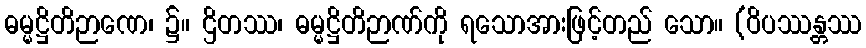
ဓမ္မဋ္ဌိတိဉာဏေ၊ ၌။ ဌိတဿ၊ ဓမ္မဋ္ဌိတိဉာဏ်ကို ရသောအားဖြင့်တည် သော။ (ဝိပဿန္တဿ